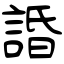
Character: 諙